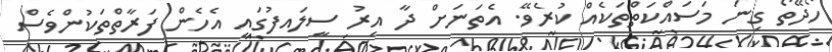
ހޯދޭތޯ ގިނަ މަސައްކަތްތަކެއް ކުރެވޭ. އެތަނަށް ދާ އިރު ސީލައފުގައި އެހެން ފަރާތްތަކުންވެސް